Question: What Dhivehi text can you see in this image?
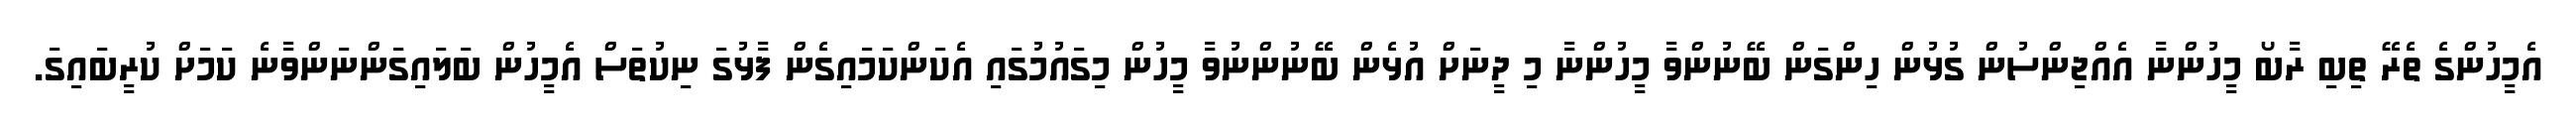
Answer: އެމީހުންގެ ތެރޭ ތިބި ރާބޯ މީހުންނާ އެއްޖިންސުން ގުޅުން ހިންގަން ބޭނުންވާ މީހުންނާ މި ދީނަށް އުޅެން ބޭނުންނުވާ މީހުން މިގައުމުގައި އެކަންކަމައިގެން ފާޅުގަ ނިކުތަސް އެމީހުން ބަލައިގަންނަންވާނެ ކަމަށް ކުރީބައިގަ.